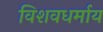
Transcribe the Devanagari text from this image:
विशवधर्माय